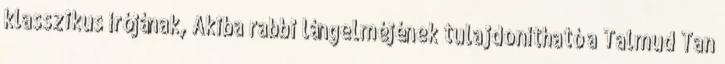
klasszikus írójának, Akiba rabbi lángelméjének tulajdonítható a Talmud Tan